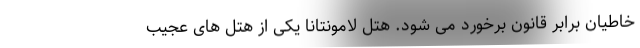
خاطیان برابر قانون برخورد می شود. هتل لامونتانا یکی از هتل های عجیب